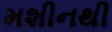
મશીનથી